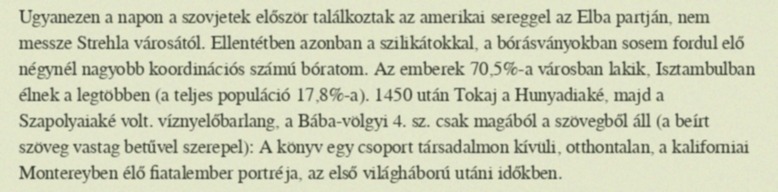
Ugyanezen a napon a szovjetek először találkoztak az amerikai sereggel az Elba partján, nem messze Strehla városától. Ellentétben azonban a szilikátokkal, a bórásványokban sosem fordul elő négynél nagyobb koordinációs számú bóratom. Az emberek 70,5%-a városban lakik, Isztambulban élnek a legtöbben (a teljes populáció 17,8%-a). 1450 után Tokaj a Hunyadiaké, majd a Szapolyaiaké volt. víznyelőbarlang, a Bába-völgyi 4. sz. csak magából a szövegből áll (a beírt szöveg vastag betűvel szerepel): A könyv egy csoport társadalmon kívüli, otthontalan, a kaliforniai Montereyben élő fiatalember portréja, az első világháború utáni időkben.